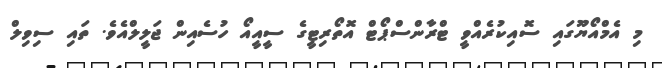
މި އެމްއޯޔޫގައި ސޮއިކުރެއްވީ ޓްރާންސްޕޯޓް އޮތޯރިޓީގެ ސީއީއޯ ހުސެއިން ޖަލީލްއެވެ. ތައި ސިވިލް